DOW-UAP-D63, Mission Report, Strait of Hormuz, October 2020
Agency: Department of War
Incident date: 10/1/20
Incident location: Strait of Hormuz
Page 2
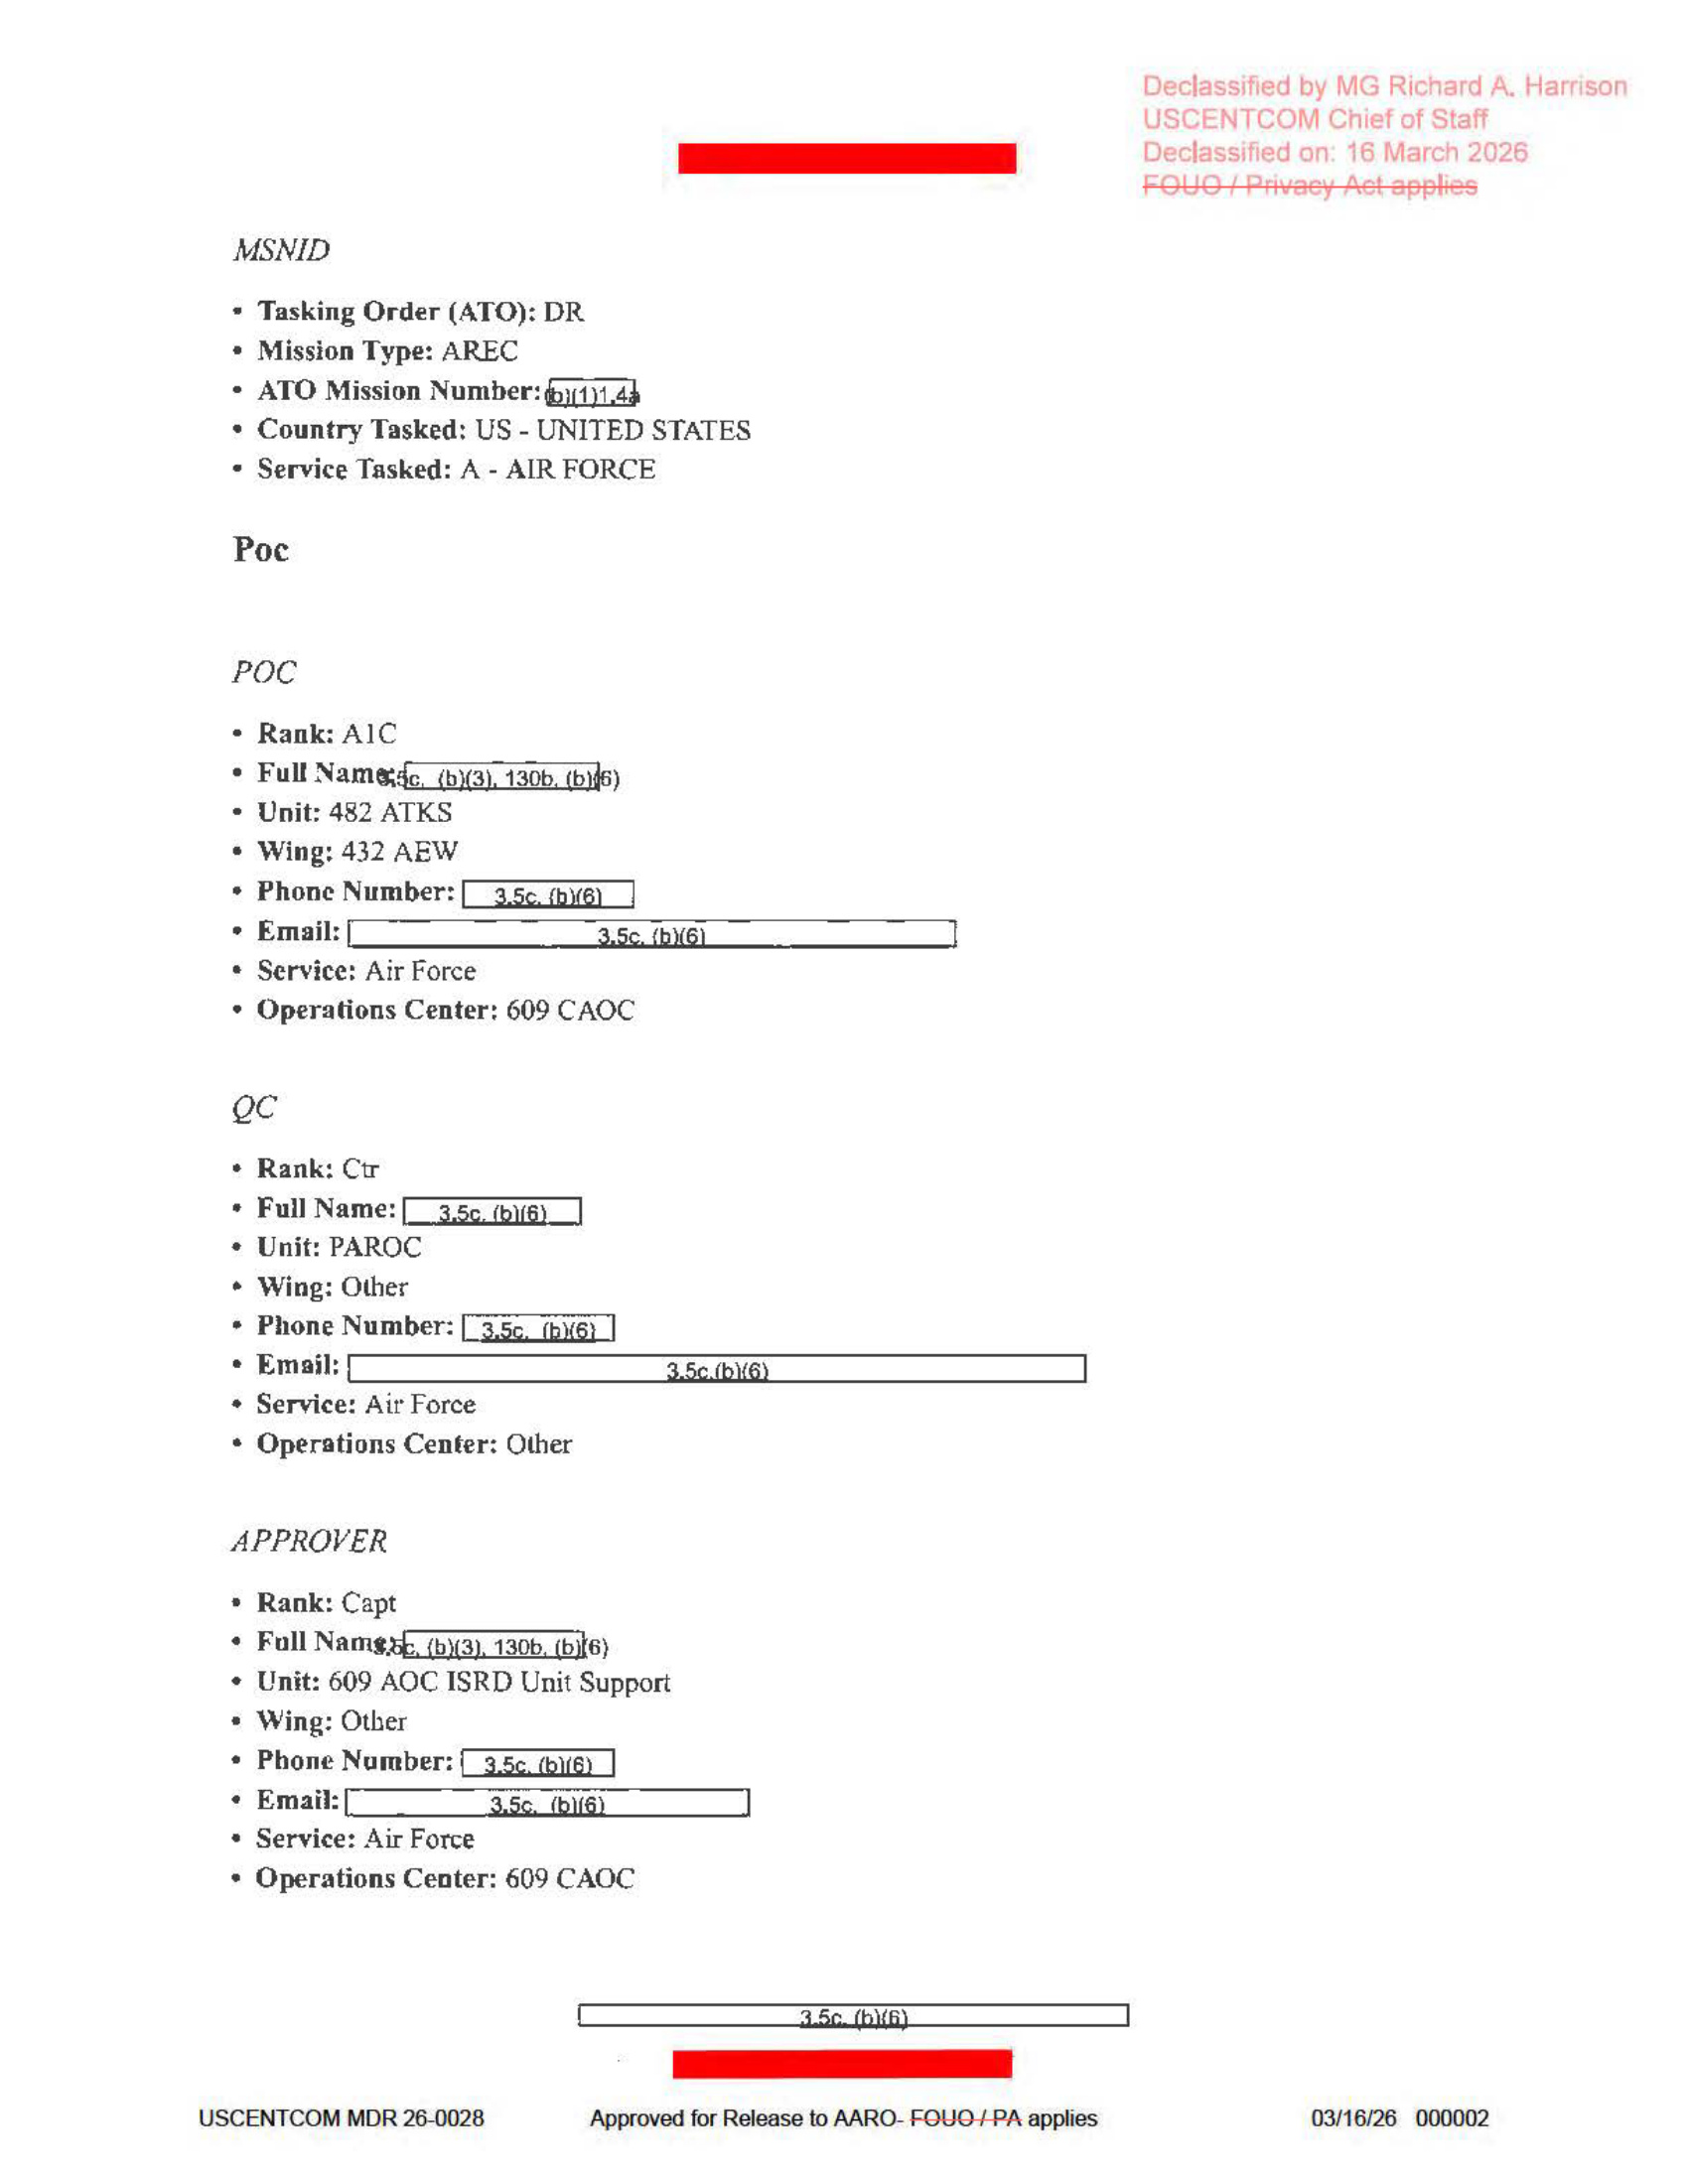